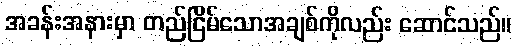
အခန်းအနားမှာ တည်ငြိမ်သောအချစ်ကိုလည်း ဆောင်သည်။